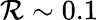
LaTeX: \mathcal{R}\sim0.1